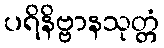
ပရိနိဗ္ဗာနသုတ္တံ